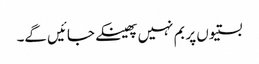
بستیوں پر بم نہیں پھینکے جائیں گے۔